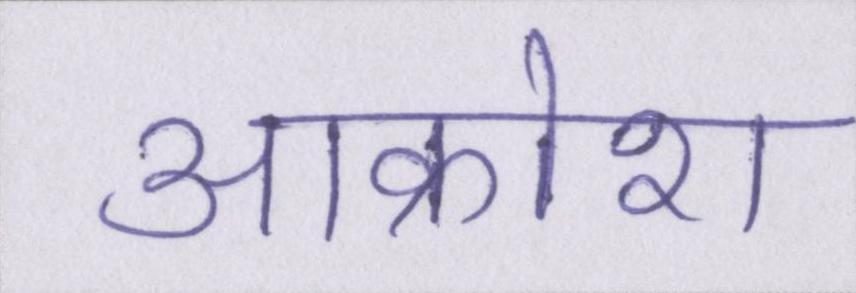
आक्रोश